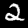
Digit: 2